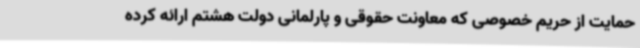
حمایت از حریم خصوصی که معاونت حقوقی و پارلمانی دولت هشتم ارائه کرده